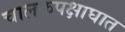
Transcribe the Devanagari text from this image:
चालकपक्षाघात